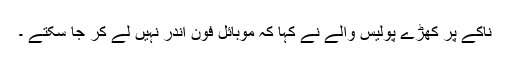
ناکے پر کھڑے پولیس والے نے کہا کہ موبائل فون اندر نہیں لے کر جا سکتے ۔